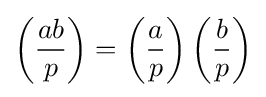
\left({\frac {ab}{p}}\right)=\left({\frac {a}{p}}\right)\left({\frac {b}{p}}\right)